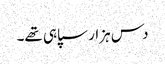
دس ہزار سپاہی تھے۔